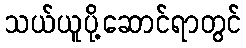
သယ်ယူပို့ဆောင်ရာတွင်